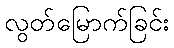
လွတ်မြောက်ခြင်း